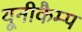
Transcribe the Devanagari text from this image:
यूनीकैम्प